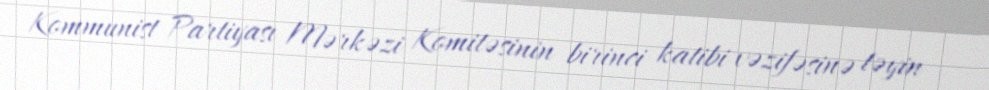
Kommunist Partiyası Mərkəzi Komitəsinin birinci katibi vəzifəsinə təyin